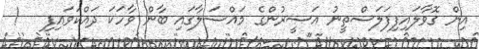
އިން ގޮވާލައިފިފަލަސްތީނު އަސީރުންގެ މައްސަލާގައި ބާން ވާހަކަ ދައްކަވައިފި   !